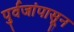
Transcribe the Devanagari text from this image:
पुर्वजांपासून